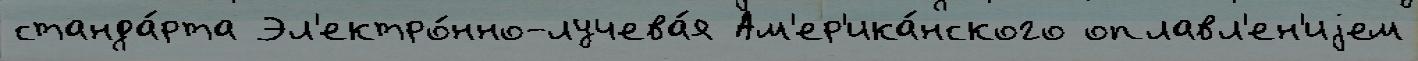
станда́рта Эл'ектро́нно-лучева́я Ам'ер'ика́нского оплавл'ен'иjем